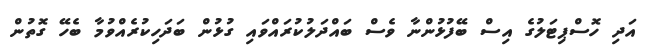
އަދި ހޮސްޕިޓަލުގެ އިސް ބޭފުޅުންނާ ވެސް ބައްދަލުކުރައްވައި ގުޅުން ބަދަހިކުރެއްވުމާ ބެހޭ ގޮތުން